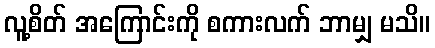
လူ့စိတ် အကြောင်းကို စကားလက် ဘာမျှ မသိ။